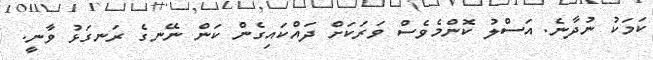
ކަމަކު ނުދާނެ. އަސްލު ކޮންމެވެސް ވަރަކަށް ދައްކައިގެން ކަން ނޭނގެ ރަނގަޅު ވާނީ.